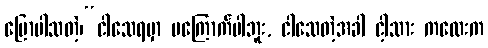
ပြောပါသတဲ့၊“ငါသေရမှာ မကြောက်ပါဘူး, ငါသေတဲ့အခါ ငါ့သား ကလေးက